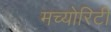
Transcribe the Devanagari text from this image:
मच्योरिटी